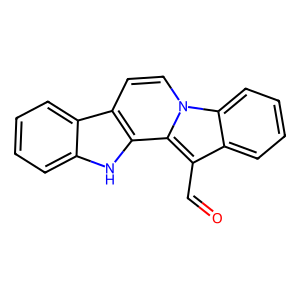
SMILES: O=Cc1c2ccccc2n2ccc3c4ccccc4[nH]c3c12
Inhibits HIV replication: No